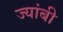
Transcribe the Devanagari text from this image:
ज्यांबी